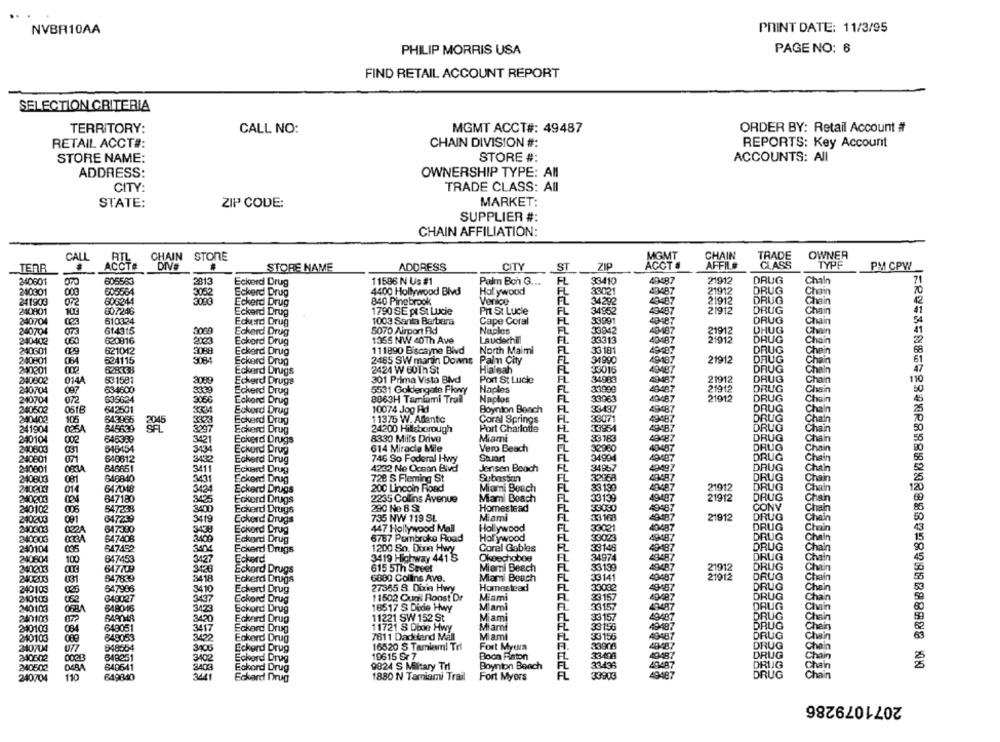
PRINT DATE: 11/3/95
NVBR10AA
PHILIP MORRIS USA
PAGE NO: 6
FIND RETAIL ACCOUNT REPORT
SELECTION CRITERIA
TERRITORY:
CALL NO:
MGMT ACCT#: 49487
ORDER BY: Retail Account #
RETAIL ACCT#:
CHAIN DIVISION #:
REPORTS: Key Account
STORE NAME:
STORE #:
ACCOUNTS: All
ADDRESS:
OWNERSHIP TYPE: All
CITY:
TRADE CLASS: All
STATE:
ZIP CODE:
MARKET:
SUPPLIER #:
CHAIN AFFILIATION:
CALL
CHAIN
STONE
MGMT
CHAIN
TRADE
OWNER
TERR
ACEITE
DIV#
STORE NAME
ADDRESS
CITY
ST
ZIP
ACCT #
AFFIL#
CLASS
TYPE
PM CPW
240601
605563
2813
Eckerd Drug
11596 N Us #1
Palm Boh G ...
FL
33410
49487
21912
DRUG
Chain
605564
33021
21912
DRUG
240301
3052
Eckerd Drug
4400 Hollywood Blvd
Holywood
49487
Chain
241903
606244
Eckerd Drug
840 Pinebrook
Venice
34292
49487
21912
DRUG
240801
100
607246
Eckerd Drug
1790 SE pr St Lucie
Prt St Lucie
FL
34962
49487
21912
DRUG
hain
610334
1003 Santa Barbara
Cape Coral
FL
33991
49487
DRUG
240704
Eckerd Drug
240704
614315
3060
Eckard Drug
5070 Airport Rid
Naples
FL
33942
40-487
21912
DHUG
240402
060
620816
2023
Eckord Drug
1355 NW 40Th Ave
Lauderhill
FL
33313
49487
21012
DRUG
Chain
621042
FL
33181
49487
240601
3088
Eckerd Drug
111890 Biscayne Blvd
North Maimi
DRUG
240801
624115
3084
Eckerd Drug
2485 SW martin Downs
Palm City
FL
34990
49187
21912
DRUG
Chain
240301
628338
Eckard Drugs
2424 W 60Th St
Hialeah
33016
49487
DRUG
240802
531581
3089
34983
49487
21912
DRUG
Chain
014A
Eckard Drugs
301 Prima Vista Blvd
Port St Lucie
240704
097
634600
339
Eckerd Drug
5531 Goldengate Pkowy
Naples
FL
33999
49487
21912
DRUG
Chain
210704
072
635624
306€
Eckord Drug
8063H Tamiami Trail
Naplos
33963
49487
21912
DRUG
240502
061B
642501
Eckord Drug
10074 Jog Ad
Boynton Beach
FL
33437
49487
DRUG
Chain
240402
105
643985
3323
Eckard Drug
11375 W. Allanto
Coral Springs
33071
49487
DRUG
Chain
241904
025A
645639
3297
Eckerd Drug
24200 Hillsborough
Port Charlotte
33954
49487
DRUG
Chain
646389
3421
8330 Mills Drive
Miame
33183
49487
DRUG
Chain
240104
002
Eckerd Drugs
DRUG
240603
031
616454
3434
Eckord Drug
614 Miracle Mile
Vero Beach
32960
40487
Chain
240801
071
640612
3432
Eckerd Drug
746 So Fodoral Hwy
Stuart
FL
34904
49407
DRUG
Chain
240801
CESA
646651
3411
Jensen Beach
FL
34857
49497
Eckard Drug
4232 Ne Ocean Blvd
240803
081
646840
3431
Eckerd Drug
728 S Fleming St
Sebastian
FL
40487
240203
647048
3434
Eckerd Drugs
200 Lincoln Road
Miami Bouch
33 130
21912
240203
3425
Miami Beach
331:39
21912
DRUG
Chain
647180
Eckerd Drugs
2235 Collins Avenue
240102
005
647238
3400
Eckard Drugs
290 No 8 S.
Homestead
33030
CONV
Chain
240203
647249
3419
Eckerd Drugs
735 NW 119 SL
Miami
FL
33 16
21912
DRUG
Chain
Hollywood
FL
33021
40487
DRUG
240303
022A
647390
3438
Eckord Drug
447 Hollywood Mall
Chain
240003
647408
3400
Eckard Drug
6767 Pembroke Road
FL
33023
49487
DRUG
Chain
240104
035
647452
3404
Eckerd Drugs
1200 So. Dixie Hwy
Coral Gables
FL
33146
40487
DRUG
Chain
Okeechobee
FL
34974
49487
DRUG
240604
100
647453
3427
Eckerd
3419 Highway 441 S
Chain
240203
647709
308
Eckard Drugs
615 5Th Sreet
Miami Beach
FL
33199
49487
21912
DRUG
Chain
240803
031
647839
3418
Eckerd Drugs
6880 Collins Ave.
Miami Beach
FL
3314
40487
21912
DRUG
Chain
647986
Homestead
33082
49487
DRUG
Chain
240103
3410
Eckerd Drug
27365 8 Dixia Hwy
240103
052
648027
Eckord Drug
11502 Ounil Roost Dr
Miami
3157
40487
DRUG
Chain
240103
648016
3423
Eckord Drug
18517 S Dode Hwy
Miami
33157
43487
DRUG
Chain
Miami
DRUG
Chein
240103
649048
Eckard Drug
11221 SW 152 St
33157
4948
DRUG
230103
648051
3417
Eckard Drug
11721 S Doce Hwy
Miami
33156
49487
Chain
240103
648053
Eokord Drug
7611 Dadeland Mall
Miami
FL
33155
49-487
DRUG
Chain
16520 S Tamiami Trl
Fort Myers
33908
44-487
DRUG
Chain
340704
048064
Eckerd Drug
DRUG
340602
648251
3402
Eckerd Drug
19615 Sr 7
Boca Raton
FL
33.408
Chain
240502
048A
640641
Eckord Drug
9824 S Military Trl
Boynton Beach
FL
33436
DRUG
2805358854280808888002888028988888888 00
110
3441
33903
DRUG
240704
619840
Eckard Drug
1880 N Tamiami Trail
Fort Myers
2071079286